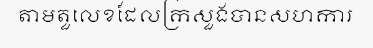
តាមតួលេខដែលក្រសួងបានសហការ